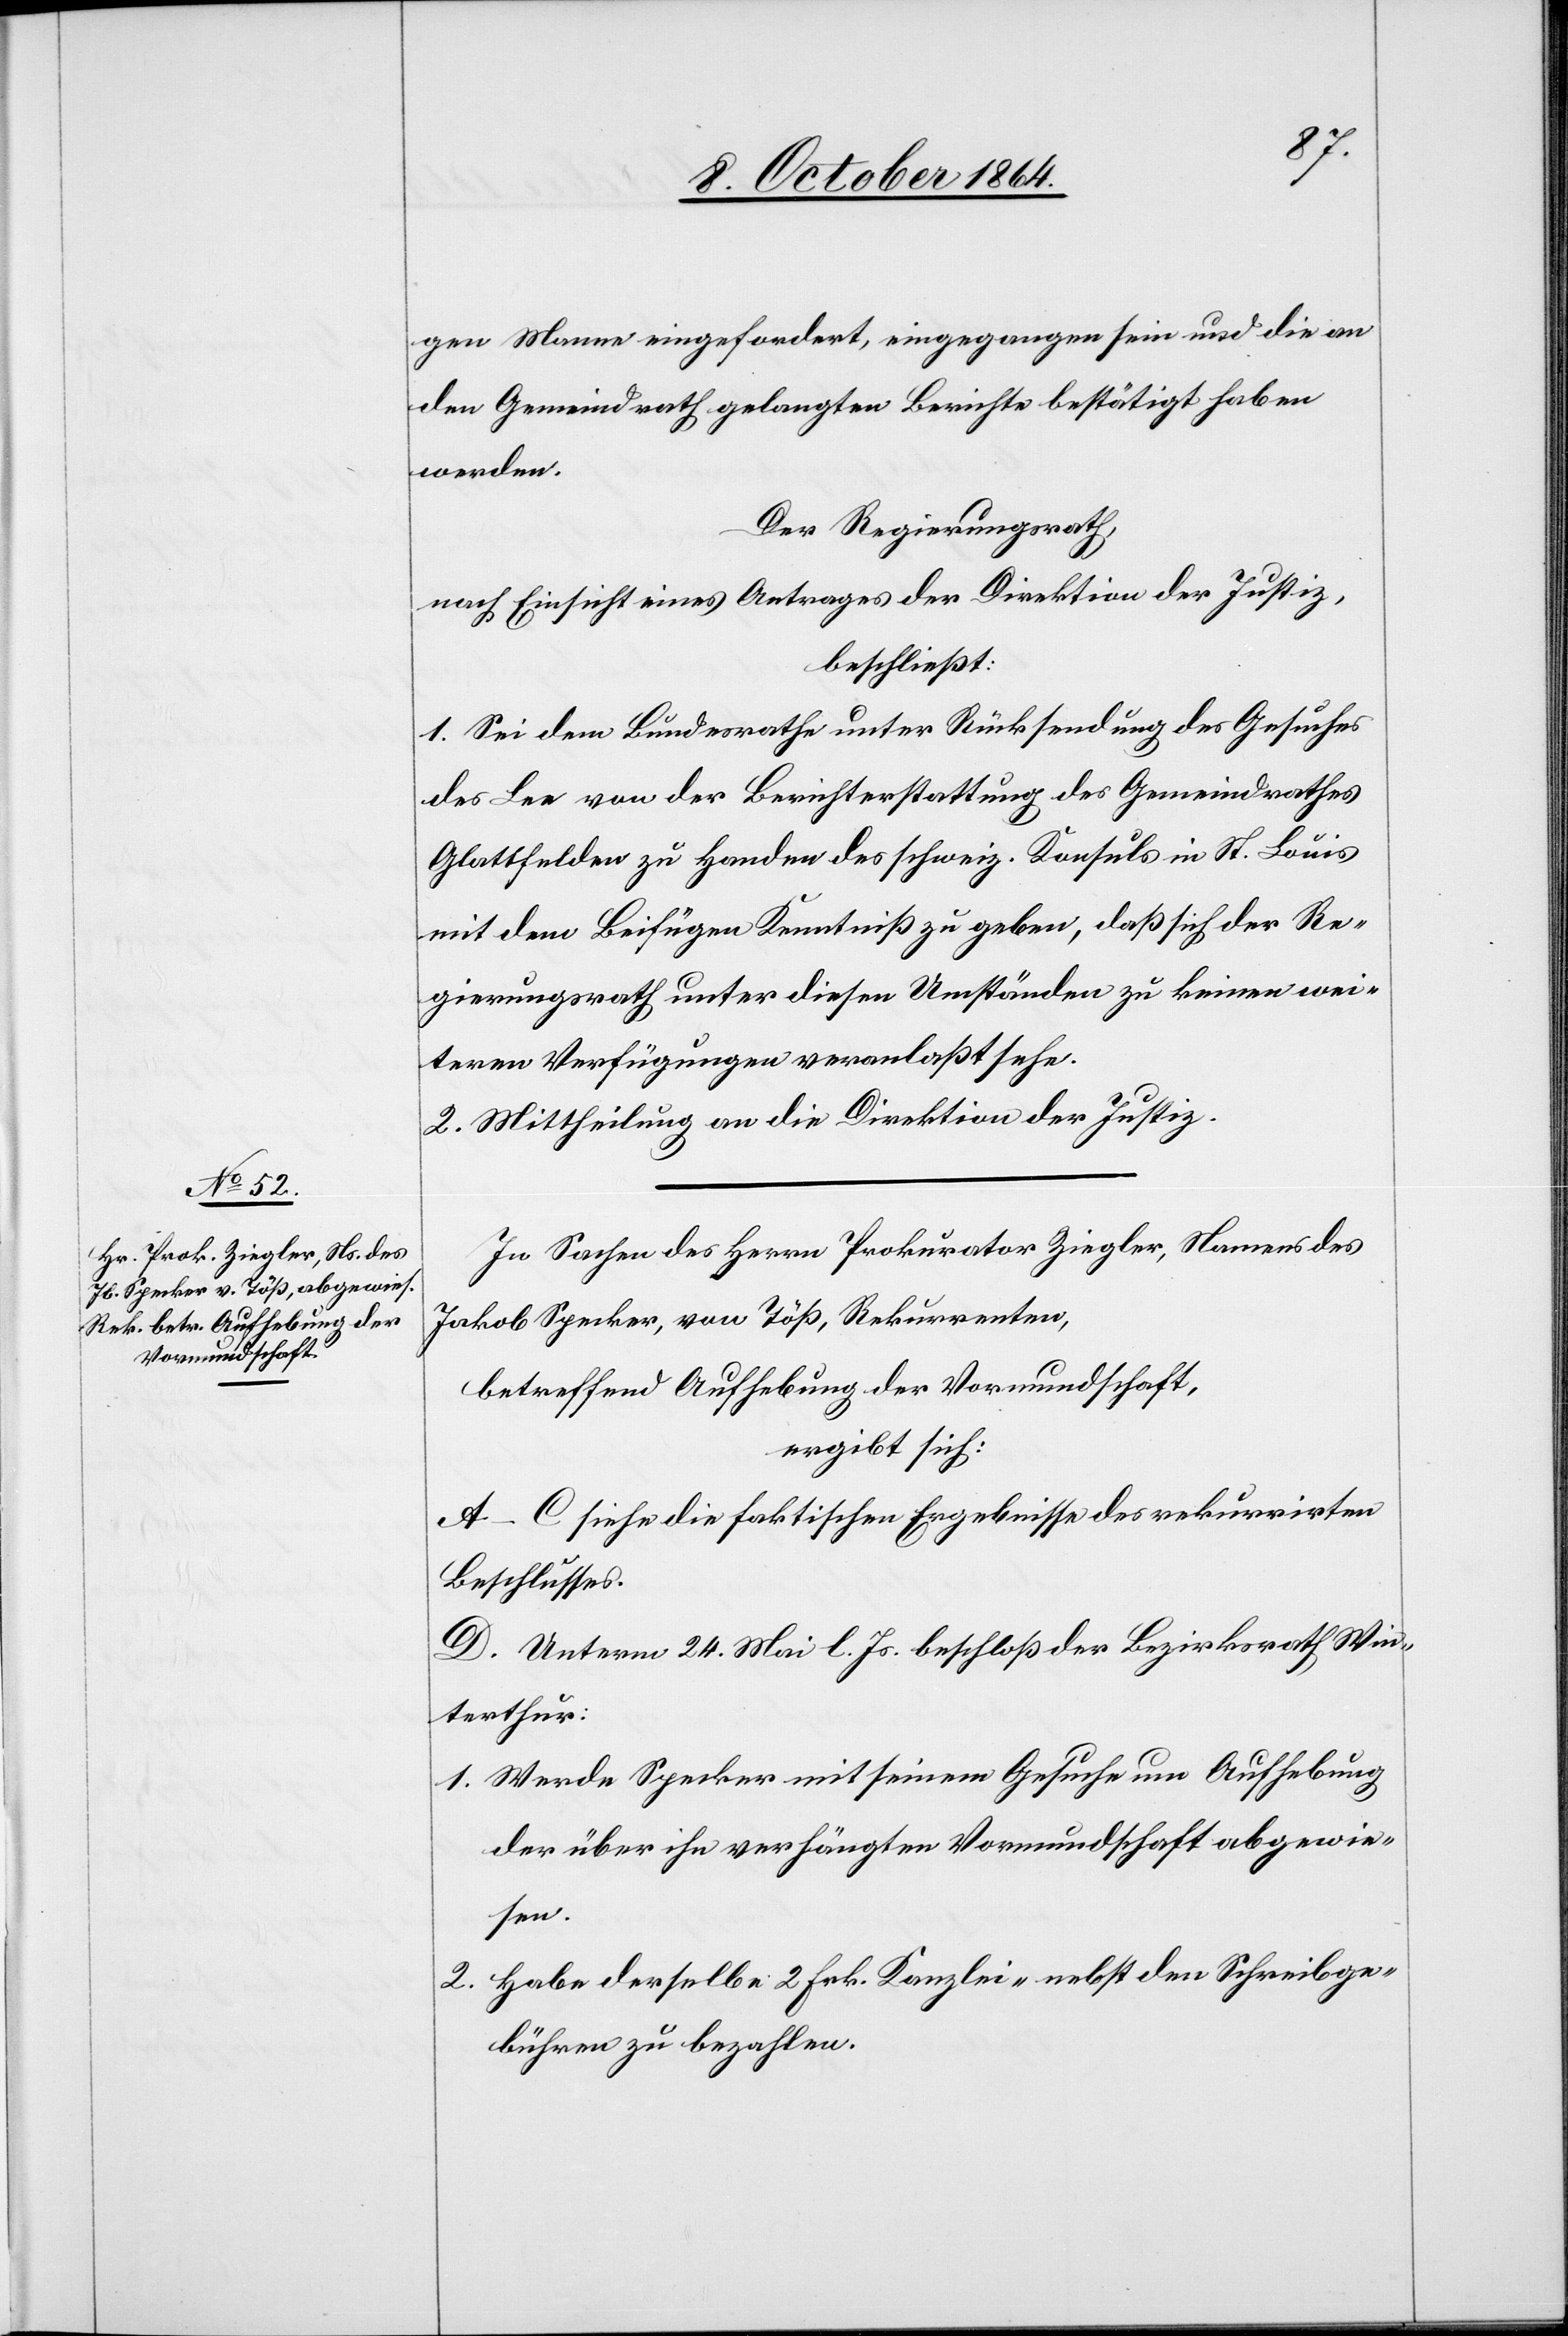
gen Mann eingefordert, eingegangen sein und die an
den Gemeindrath gelangten Berichte bestätigt haben
werden.
Der Regierungsrath
nach Einsicht eines Antrages der Direktion der Justiz,
beschließt:
1. Sei dem Bundesrath unter Rücksendung des Gesuches
des Lee von der Berichterstattung des Gemeindrathes
Glattfelden zu Handen des schweiz. Konsuls in St. Louis
mit dem Beifügen Kenntniß zu geben, daß sich der Re¬
gierungsrath unter diesen Umständen zu keinen wei¬
teren Verfügungen veranlaßt sehe.
2. Mittheilung an die Direktion der Justiz.
In Sachen des Herrn Prokurator Ziegler, Namens des
Jakob Specker, von Töß, Rekurrenten,
betreffend Aufhebung der Vormundschaft,
ergibt sich:
A.–C. siehe die faktischen Ergebnisse des rekurrirten
Beschlusses.
D. Unterm 24. Mai l. Js. beschloß der Bezirksrath Win¬
terthur:
1. Werde Specker mit seinem Gesuche um Aufhebung
der über ihn verhängten Vormundschaft abgewie¬
sen.
2. Habe derselbe 2 Frk. Kanzlei- nebst den Schreibge¬
bühren zu bezahlen.